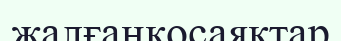
жалғанқосаяқтар